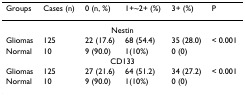
<table><thead><tr><td><b>Groups</b></td><td><b>Cases (n)</b></td><td><b>0 (n, %)</b></td><td><b>1+~2+ (%)</b></td><td><b>3+ (%)</b></td><td><b>P</b></td></tr></thead><tbody><tr><td colspan="6">Nestin</td></tr><tr><td>Gliomas</td><td>125</td><td>22 (17.6)</td><td>68 (54.4)</td><td>35 (28.0)</td><td>&lt; 0.001</td></tr><tr><td>Normal</td><td>10</td><td>9 (90.0)</td><td>1(10%)</td><td>0 (0)</td><td>[EMPTY_CELL]</td></tr><tr><td colspan="6">CD133</td></tr><tr><td>Gliomas</td><td>125</td><td>27 (21.6)</td><td>64 (51.2)</td><td>34 (27.2)</td><td>&lt; 0.001</td></tr><tr><td>Normal</td><td>10</td><td>9 (90.0)</td><td>1(10%)</td><td>0 (0)</td><td>[EMPTY_CELL]</td></tr></tbody></table>